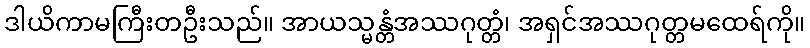
ဒါယိကာမကြီးတဦးသည်။ အာယသ္မန္တံအဿဂုတ္တံ၊ အရှင်အဿဂုတ္တမထေရ်ကို။